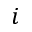
i